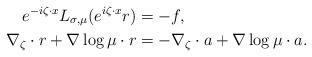
LaTeX: \begin{align*}e^{-i \zeta\cdot x}L_{\sigma,\mu}(e^{i \zeta\cdot x}r) & = - f, \\\nabla_\zeta \cdot r + \nabla\log\mu \cdot r & = - \nabla_\zeta \cdot a + \nabla\log\mu \cdot a. \end{align*}